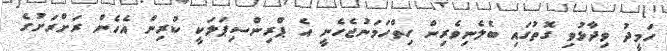
ހަމީދު ވިދާޅުވި ގޮތުގައި ބެލެނިވެރިން ހިތްހަމަނުޖެހެނީ އެ ޕްރިންސިޕަލަކީ ކުރިން އެހެން ރަށްރަށުގެ